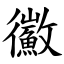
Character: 鰴